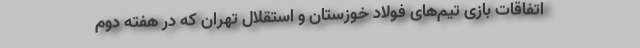
اتفاقات بازی تیم‌های فولاد خوزستان و استقلال تهران که در هفته دوم